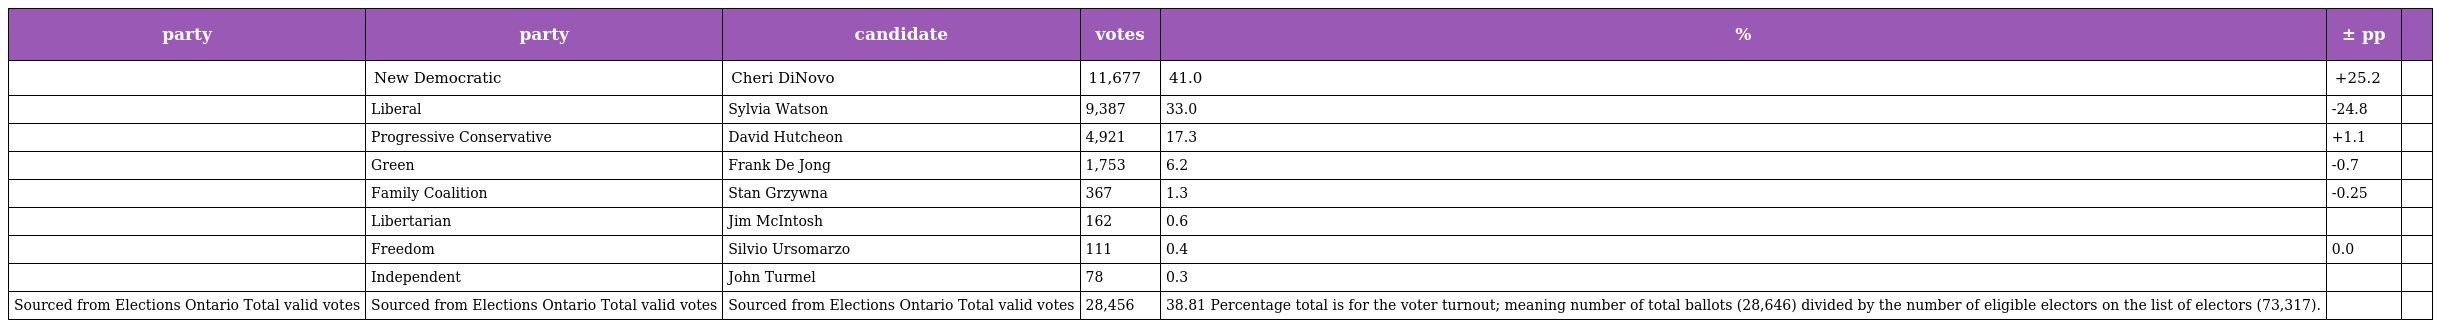
| party | party | candidate | votes | % | ± pp |  |
 | --- | --- | --- | --- | --- | --- | --- |
 |  | New Democratic | Cheri DiNovo | 11,677 | 41.0 | +25.2 |  |
 |  | Liberal | Sylvia Watson | 9,387 | 33.0 | -24.8 |  |
 |  | Progressive Conservative | David Hutcheon | 4,921 | 17.3 | +1.1 |  |
 |  | Green | Frank De Jong | 1,753 | 6.2 | -0.7 |  |
 |  | Family Coalition | Stan Grzywna | 367 | 1.3 | -0.25 |  |
 |  | Libertarian | Jim McIntosh | 162 | 0.6 |  |  |
 |  | Freedom | Silvio Ursomarzo | 111 | 0.4 | 0.0 |  |
 |  | Independent | John Turmel | 78 | 0.3 |  |  |
 | Sourced from Elections Ontario Total valid votes | Sourced from Elections Ontario Total valid votes | Sourced from Elections Ontario Total valid votes | 28,456 | 38.81 Percentage total is for the voter turnout; meaning number of total ballots (28,646) divided by the number of eligible electors on the list of electors (73,317). |  |  |